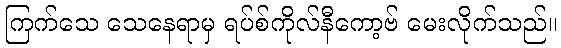
ကြက်သေ သေနေရာမှ ရပ်စ်ကိုလ်နီကော့ဗ် မေးလိုက်သည်။